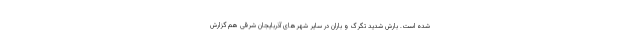
شده است. بارش شدید تگرگ و باران در سایر شهرهای آذربایجان شرقی هم گزارش